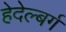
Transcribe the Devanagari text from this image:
हेदेल्बर्ग